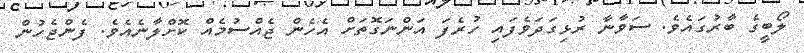
ލޯބީގެ ބާރުގައެވެ. ސަވާނާ ރުޅިގަދަވެފައި ހުރެފަ އަންނަގޮތަށް އެހެން ޖެއްސުމެއް ކޮށްލާނެއެވެ. ފެންޖެހުން